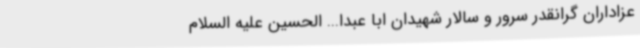
عزاداران گرانقدر سرور و سالار شهیدان ابا عبدا... الحسین علیه السلام